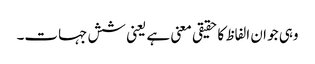
وہی جو ان الفاظ کا حقیقی معنی ہے یعنی شش جہات۔